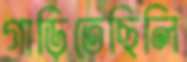
গাড়িতেছিলি